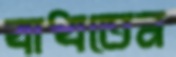
বাধতেন